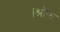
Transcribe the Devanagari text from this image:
।श्रॉफ